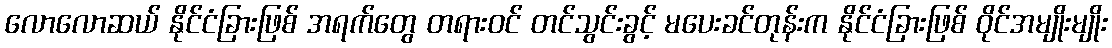
လောလောဆယ် နိုင်ငံခြားဖြစ် အရက်တွေ တရားဝင် တင်သွင်းခွင့် မပေးခင်တုန်းက နိုင်ငံခြားဖြစ် ဝိုင်အမျိုးမျိုး